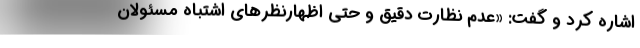
اشاره کرد و گفت: «عدم نظارت دقیق و حتی اظهارنظرهای اشتباه مسئولان